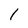
Character: 1